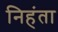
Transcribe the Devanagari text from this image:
निहंता